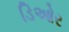
ડિઓર